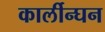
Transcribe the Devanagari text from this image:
कार्लीन्घन